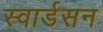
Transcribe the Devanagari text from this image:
स्वार्डसन